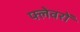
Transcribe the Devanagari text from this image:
फ्लेवरों